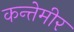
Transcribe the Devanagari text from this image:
कन्तेमीर